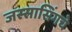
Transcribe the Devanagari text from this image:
जस्सासिंगचे